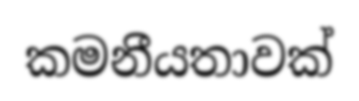
කමනීයතාවක්